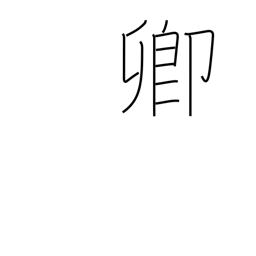
Meaning: lord